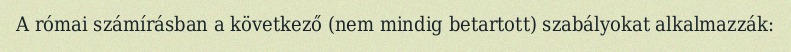
A római számírásban a következő (nem mindig betartott) szabályokat alkalmazzák: